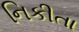
નિકીતા